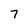
Character: 7